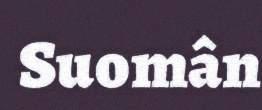
Suomân